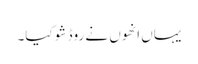
یہاں انھوں نے روڈ شو کیا۔